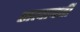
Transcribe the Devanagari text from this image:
सत्वापत्ती